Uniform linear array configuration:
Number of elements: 24
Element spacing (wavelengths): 0.25
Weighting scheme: uniform
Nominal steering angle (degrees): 15
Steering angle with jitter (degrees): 14.654
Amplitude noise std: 0.05
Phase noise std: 0.05

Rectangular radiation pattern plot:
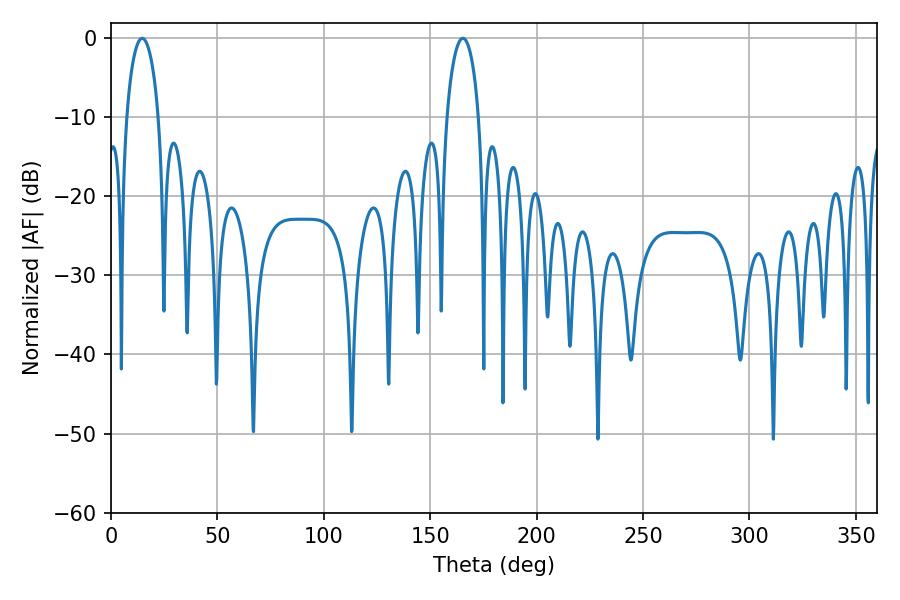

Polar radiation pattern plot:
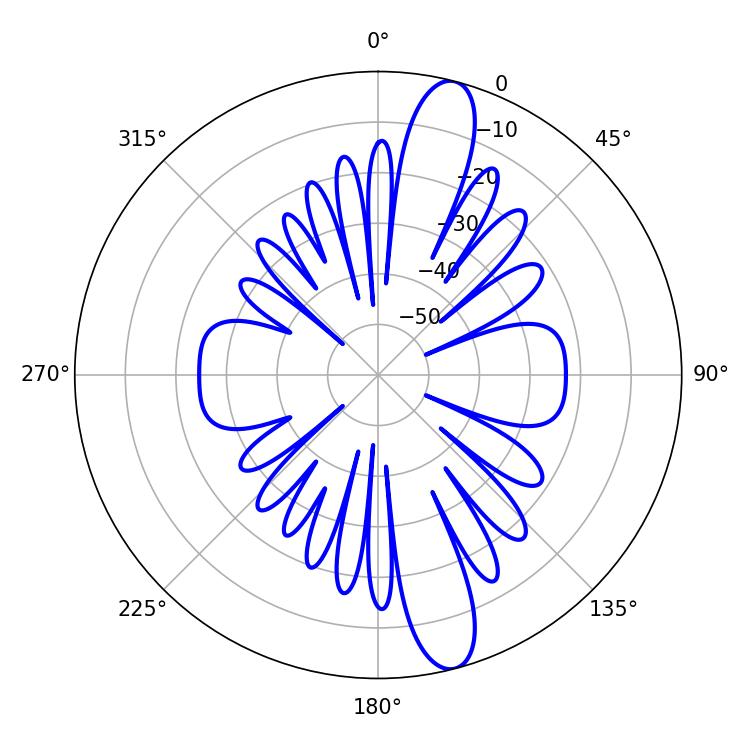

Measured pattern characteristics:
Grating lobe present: FALSE
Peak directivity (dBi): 13.625
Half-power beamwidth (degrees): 8.46
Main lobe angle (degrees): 14.58